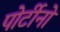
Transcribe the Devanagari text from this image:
पोर्टीनो